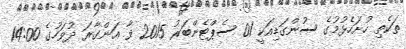
ތަކެތި ހުށަހެޅުމުގެ ސުންގަޑިއަކީ 01 ސެޕްޓެންބަރު 2015 ވާ އަންގާރަ ދުވަހުގެ 14:00